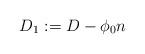
LaTeX: \begin{align*} D_1 : = D - \phi_0 n\end{align*}